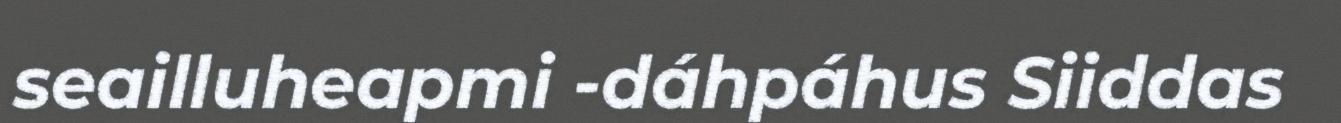
seailluheapmi -dáhpáhus Siiddas